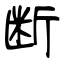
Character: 断